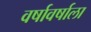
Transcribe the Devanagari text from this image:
वर्षावर्षाला